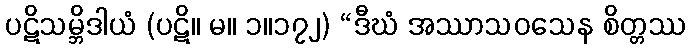
ပဋိသမ္ဘိဒါယံ (ပဋိ။ မ။ ၁။၁၇၂) “ဒီဃံ အဿာသဝသေန စိတ္တဿ